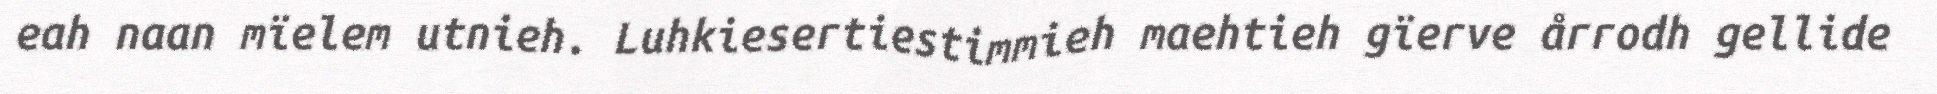
eah naan mïelem utnieh. Luhkiesertiestimmieh maehtieh gïerve årrodh gellide